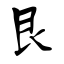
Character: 艮